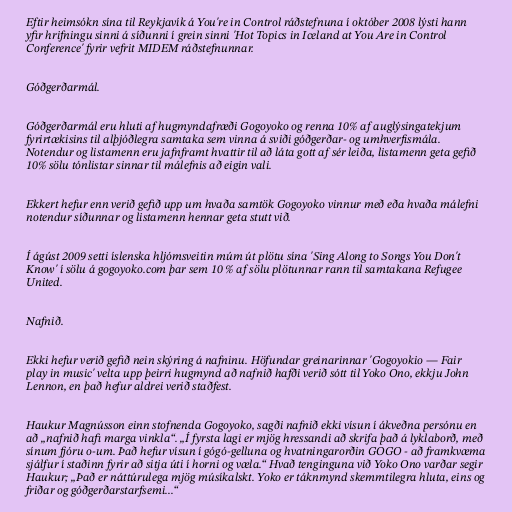
Eftir heimsókn sína til Reykjavík á You're in Control ráðstefnuna í október 2008 lýsti hann
yfir hrifningu sinni á síðunni í grein sinni 'Hot Topics in Iceland at You Are in Control
Conference' fyrir vefrit MIDEM ráðstefnunnar.

Góðgerðarmál.

Góðgerðarmál eru hluti af hugmyndafræði Gogoyoko og renna 10% af auglýsingatekjum
fyrirtækisins til alþjóðlegra samtaka sem vinna á sviði góðgerðar- og umhverfismála.
Notendur og listamenn eru jafnframt hvattir til að láta gott af sér leiða, listamenn geta gefið
10% sölu tónlistar sinnar til málefnis að eigin vali.

Ekkert hefur enn verið gefið upp um hvaða samtök Gogoyoko vinnur með eða hvaða málefni
notendur síðunnar og listamenn hennar geta stutt við.

Í ágúst 2009 setti íslenska hljómsveitin múm út plötu sína 'Sing Along to Songs You Don't
Know' í sölu á gogoyoko.com þar sem 10 % af sölu plötunnar rann til samtakana Refugee
United.

Nafnið.

Ekki hefur verið gefið nein skýring á nafninu. Höfundar greinarinnar 'Gogoyokio — Fair
play in music' velta upp þeirri hugmynd að nafnið hafði verið sótt til Yoko Ono, ekkju John
Lennon, en það hefur aldrei verið staðfest.

Haukur Magnússon einn stofnenda Gogoyoko, sagði nafnið ekki vísun í ákveðna persónu en
að „nafnið hafi marga vinkla“. „Í fyrsta lagi er mjög hressandi að skrifa það á lyklaborð, með
sínum fjóru o-um. Það hefur vísun í gógó-gelluna og hvatningarorðin GOGO - að framkvæma
sjálfur í staðinn fyrir að sitja úti í horni og væla.“ Hvað tenginguna við Yoko Ono varðar segir
Haukur; „Það er náttúrulega mjög músíkalskt. Yoko er táknmynd skemmtilegra hluta, eins og
friðar og góðgerðarstarfsemi...“